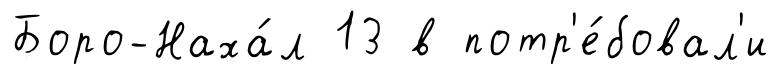
Боро-Наха́л 13 в потр'е́бовал'и